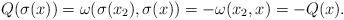
\begin{align*}Q(\sigma(x))=\omega(\sigma(x_2),\sigma(x))=-\omega(x_2,x)=-Q(x).\end{align*}